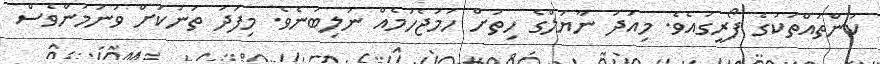
ކަންތައްތަކުގެ ފޯރީގައެވެ. މިއަދު ނާޔަލްގެ ހިތަށް ހަމަޖެހުމެއް ނުލިބުނެވެ. މިފަދަ ތަނަކަށް ވަނުމުންވެސް